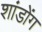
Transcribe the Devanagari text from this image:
शांडोंग